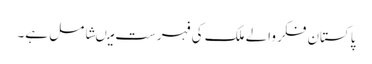
پاکستان فکر والے ملک کی فہرست میںشامل ہے۔